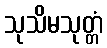
သုသိမသုတ္တံ